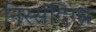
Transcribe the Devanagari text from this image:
निस्संदिग्ध